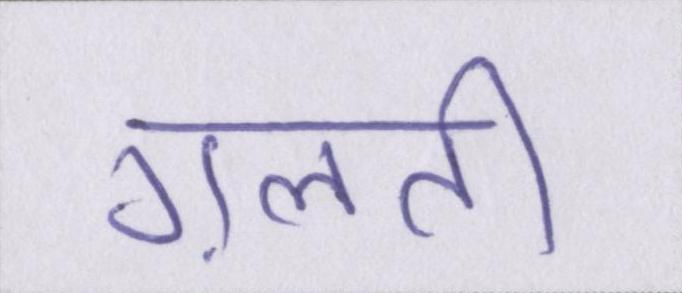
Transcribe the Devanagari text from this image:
ग़लती